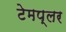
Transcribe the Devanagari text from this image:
टेमप्लर